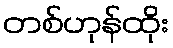
တစ်ဟုန်ထိုး